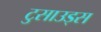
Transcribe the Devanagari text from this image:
टुसाउड्स